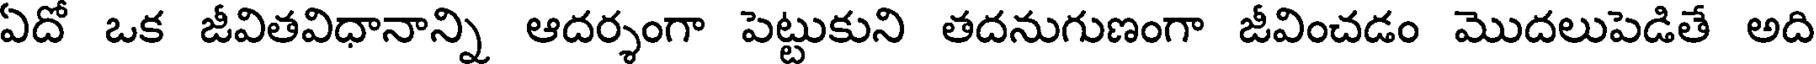
ఏదో ఒక జీవితవిధానాన్ని ఆదర్శంగా పెట్టుకుని తదనుగుణంగా జీవించడం మొదలుపెడితే అది